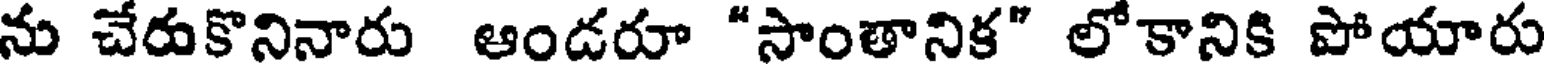
ను చేరుకొనినారు ఆండరూ "సాంతానిక" లోకానికి పోయారు